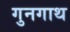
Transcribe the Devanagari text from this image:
गुनगाथ